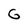
Character: G